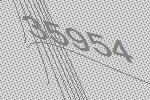
35954